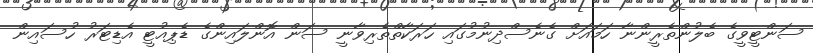
ސަންޓީވީގެ ބެލުންތެރީންނާ ހަމައަށް ގެނެސްދިނުމުގައި ހަރަކާތްތެރިވާނީ ސަން އޮންލައިންގެ ޑެޕިއުޓީ އެޑިޓަރު ހުސައިން